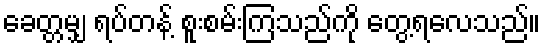
ခေတ္တမျှ ရပ်တန့် စူးစမ်းကြသည်ကို တွေ့ရလေသည်။